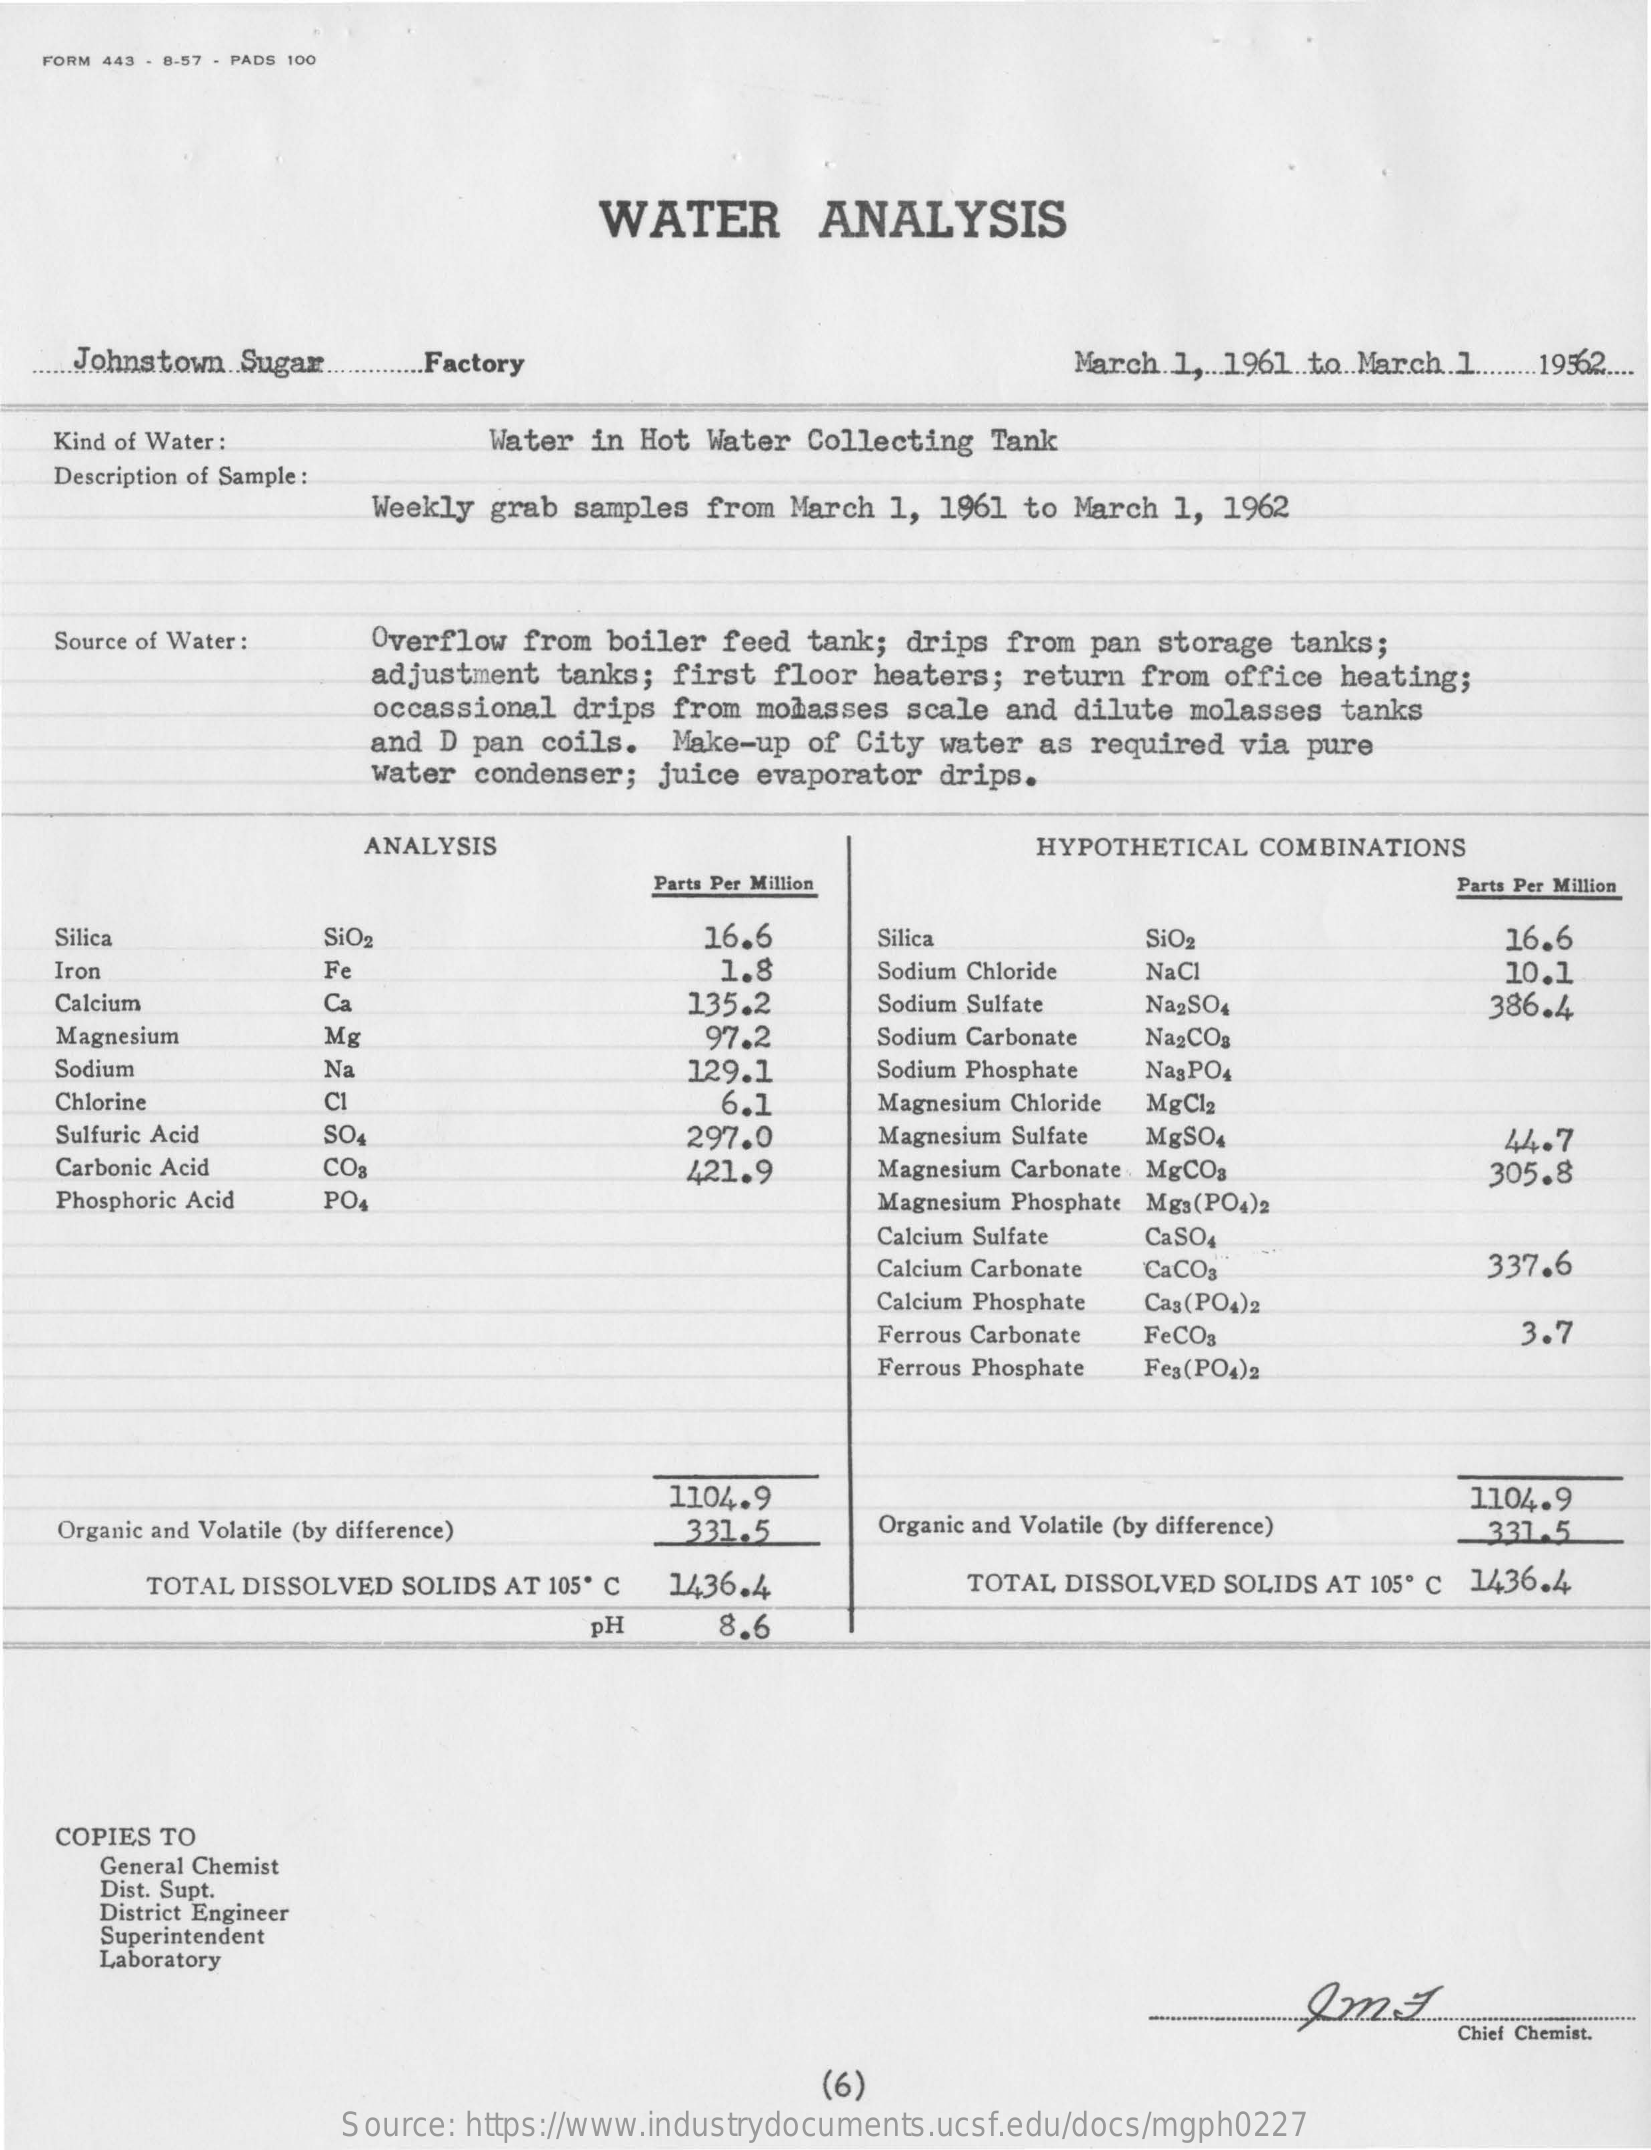
FORM 443 - 8:57 - PADS 100
     WATER    ANALYSIS
    Johnstown. Sugar .............. Factory    March 1 ,... 1961 .. t.o .. March. 1 ......... 19362 ....
   Kind of Water :    Water in Hot Water Collecting Tank
   Description of Sample :
     Weekly grab samples from March 1, 1961 to March 1, 1962
   Source of Water : Overflow from boiler feed tank; drips from pan storage tanks;
     adjustment tanks; first floor heaters; return from office heating;
     occassional drips from molasses scale and dilute molasses tanks
     and D pan coils. Make-up of City water as required via pure
     water condenser; juice evaporator drips.
     ANALYSIS    HYPOTHETICAL COMBINATIONS
     Parts Per Million    Parts Per Million
   Silica    SiO2    16.6    Silica    SiO2    16.6
   Iron    Fe    1.8    Sodium Chloride NaCl    10.1
   Calcium    Ca    135.2    Sodium Sulfate Na2SO4    386.4
   Magnesium    Mg    97.2    Sodium Carbonate Na2COg
   Sodium    Na    129.1    Sodium Phosphate Nag PO4
   Chlorine    CI    6.1    Magnesium Chloride MgCl2
   Sulfuric Acid SO    297.0    Magnesium Sulfate MgSO4
   Carbonic Acid
     44.7
     CO3
   Phosphoric Acid
     421.9    Magnesium Carbonate MgCO3
     Magnesium Phosphate Mgs(PO4)2
     305.8
     PO
     Calcium Sulfate CaSO4
     Calcium Carbonate CaCO3    337.6
     Calcium Phosphate Cas(PO4)2
     Ferrous Carbonate FeCO3    3.7
     Ferrous Phosphate Fes(PO4)2
     1104.9    1104.9
   Organic and Volatile (by difference) 331.5 Organic and Volatile (by difference) 337 .5
     TOTAL DISSOLVED SOLIDS AT 105º C 1436.4    TOTAL DISSOLVED SOLIDS AT 105º c 1436.4
     PH    8.6
   COPIES TO
     General Chemist
     Dist. Supt.
     District Engineer
     Superintendent
     Laboratory
     Chief Chemist.
     (6)
     Source: https://www.industrydocuments.ucsf.edu/docs/mgph0227